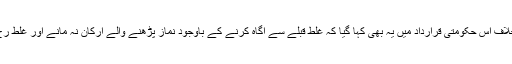
حزب اختلاف کے خلاف اس حکومتی قرارداد میں یہ بھی کہا گیا کہ غلط قبلے سے آگاہ کرنے کے باوجود نماز پڑھنے والے ارکان نہ مانے اور غلط رخ پر ہی نماز ادا کی۔